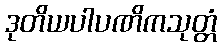
ဒုတိယပါပဏိကသုတ္တံ